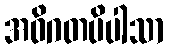
အဝိဂတပိပါသာ